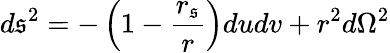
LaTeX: d\mathfrak{s}^{2}=-\left(1-\frac{{r_{\mathfrak{s}}}}{{r}}\right)dudv+r^{2}d\Omega^{2}